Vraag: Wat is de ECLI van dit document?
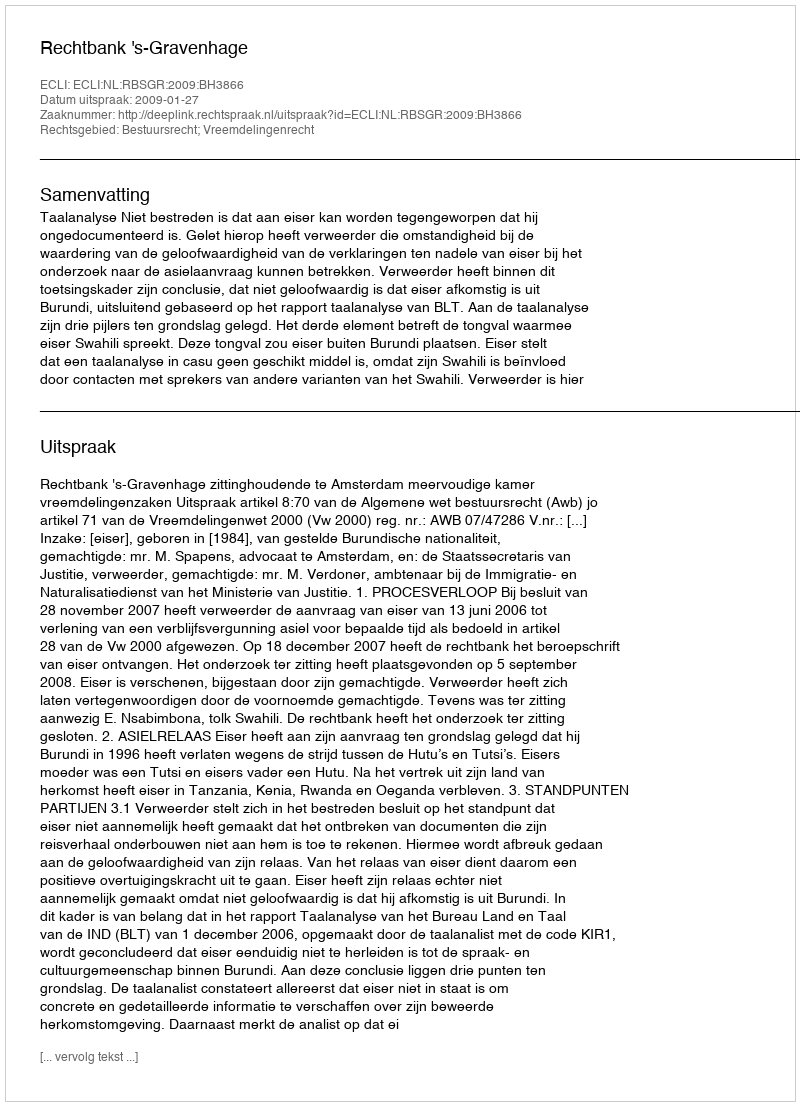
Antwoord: ECLI:NL:RBSGR:2009:BH3866